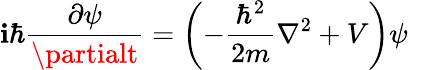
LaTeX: \mathbf{i}\hbar{\frac{{\partial\psi}}{{\partialt}}}=\left(-{\frac{{\hbar^{2}}}{{2m}}}\nabla^{2}+V\right)\psi\quad